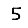
Digit: 5